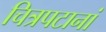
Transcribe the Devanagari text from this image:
चित्रपटानां